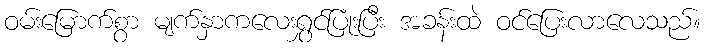
ဝမ်းမြောက်စွာ မျက်နှာကလေးရွှင်ပြုံးပြီး အခန်းထဲ ဝင်ပြေးလာလေသည်။